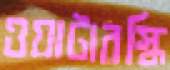
ওয়াটারস্কি